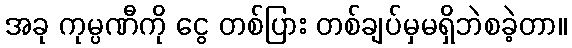
အခု ကုမ္ပဏီကို ငွေ တစ်ပြား တစ်ချပ်မှမရှိဘဲစခဲ့တာ။